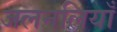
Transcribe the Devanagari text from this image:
जलनलियाँ